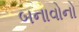
બનાવોનો